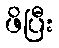
ဖိပြီး